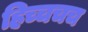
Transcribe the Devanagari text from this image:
हिच्चचच